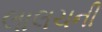
લાલચની